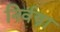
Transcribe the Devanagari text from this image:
निर्वस्त्रा